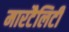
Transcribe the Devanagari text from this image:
मारटैलिटी